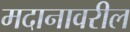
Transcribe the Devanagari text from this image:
मदानावरील